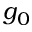
g _ { 0 }